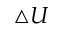
\triangle U